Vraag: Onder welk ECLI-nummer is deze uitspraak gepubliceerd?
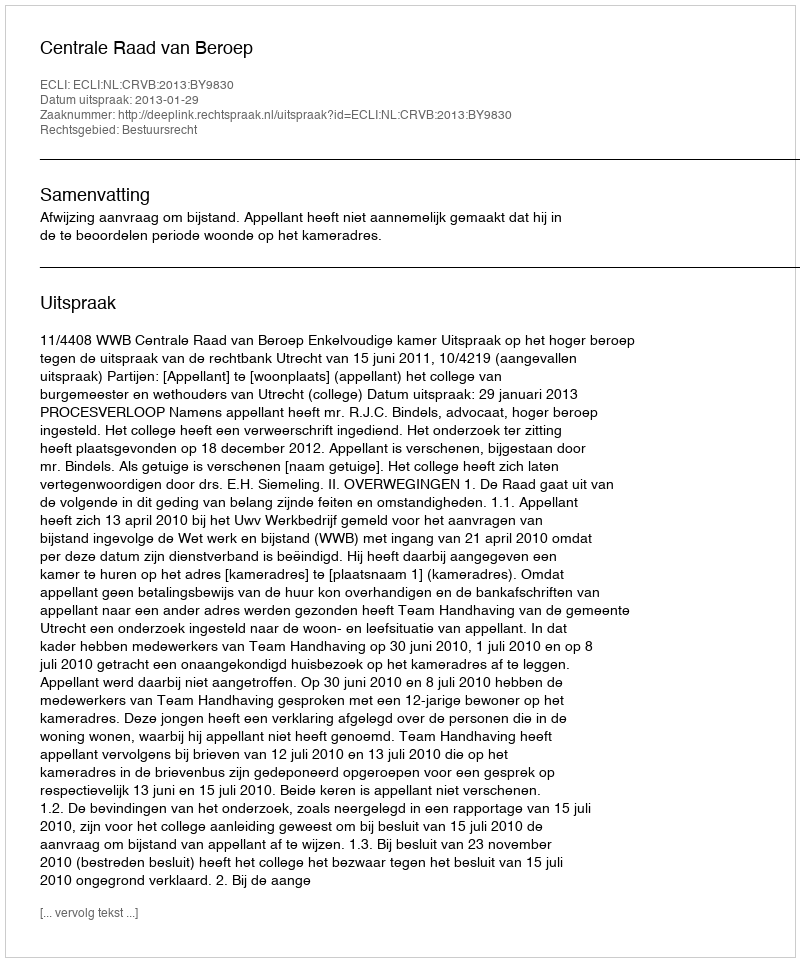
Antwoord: ECLI:NL:CRVB:2013:BY9830